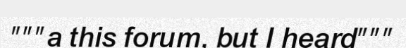
"""a this forum, but I heard"""